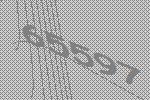
65597